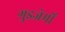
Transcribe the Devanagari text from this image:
गुइजेर्मो